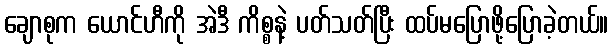
ချောစုက ယောင်ဟီကို အဲဒီ ကိစ္စနဲ့ ပတ်သတ်ပြီး ထပ်မပြောဖို့ပြောခဲ့တယ်။